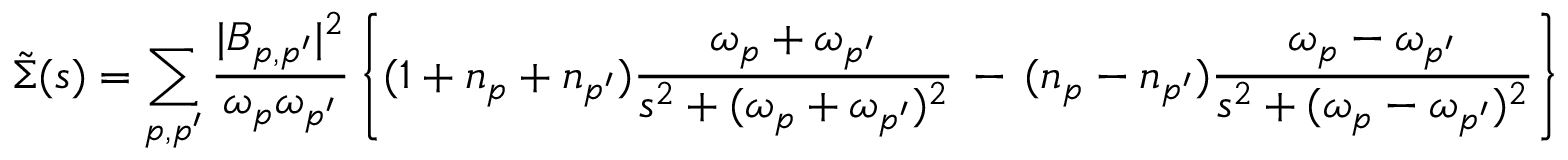
\tilde { \Sigma } ( s ) = \sum _ { p , p ^ { \prime } } \frac { | { \cal B } _ { p , p ^ { \prime } } | ^ { 2 } } { \omega _ { p } \omega _ { p ^ { \prime } } } \left\{ ( 1 + n _ { p } + n _ { p ^ { \prime } } ) \frac { \omega _ { p } + \omega _ { p ^ { \prime } } } { s ^ { 2 } + ( \omega _ { p } + \omega _ { p ^ { \prime } } ) ^ { 2 } } \, - \, ( n _ { p } - n _ { p ^ { \prime } } ) \frac { \omega _ { p } - \omega _ { p ^ { \prime } } } { s ^ { 2 } + ( \omega _ { p } - \omega _ { p ^ { \prime } } ) ^ { 2 } } \right\}